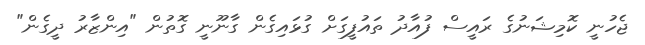
ޖެހުނީ ކޮމިޝަނުގެ ރައީސް ފުއާދު ތައުފީގަށް ގުޅައިގެން ގާނޫނީ ގޮތުން "އިންޒާރު ދީގެން"